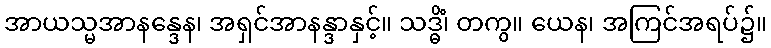
အာယသ္မအာနန္ဒေန၊ အရှင်အာနန္ဒာနှင့်။ သဒ္ဓိံ၊ တကွ။ ယေန၊ အကြင်အရပ်၌။